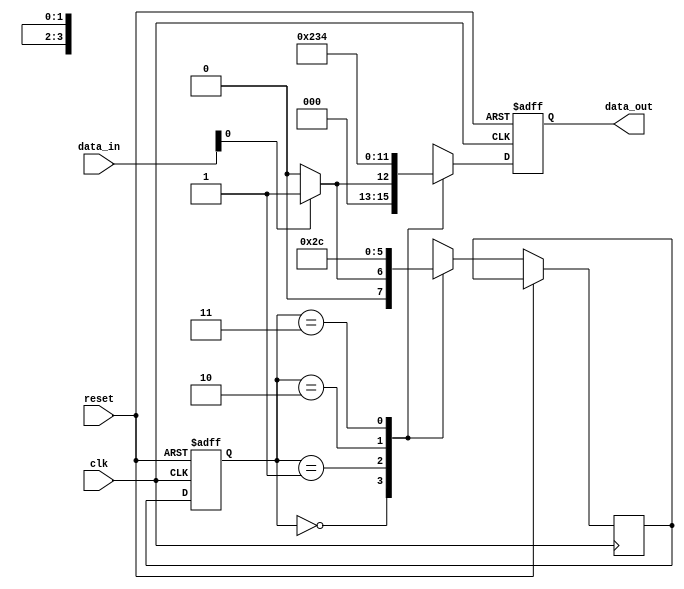
module edge_sensitive_block (
    input wire clk,         // Clock signal
    input wire reset,       // Asynchronous reset signal
    input wire [3:0] data_in, // Input data
    output reg [3:0] data_out // Output data
);

    // State definition
    reg [1:0] state;       // 2-bit state variable
    reg [1:0] next_state;  // Next state variable

    // State encoding
    localparam STATE_0 = 2'b00;
    localparam STATE_1 = 2'b01;
    localparam STATE_2 = 2'b10;
    localparam STATE_3 = 2'b11;

    // Initialization block
    initial begin
        state = STATE_0;      // Initial state
        data_out = 4'b0000;   // Initial output
    end

    // Sequential logic: State transition and output logic
    always @(negedge clk or posedge reset) begin
        if (reset) begin
            // Reset condition
            state <= STATE_0;   // Reset to initial state
            data_out <= 4'b0000; // Reset output
        end else begin
            // State transition
            state <= next_state;

            // Output logic based on current state
            case (state)
                STATE_0: begin
                    if (data_in[0]) begin
                        next_state = STATE_1;
                        data_out = 4'b0001; // Example output for STATE_0
                    end else begin
                        next_state = STATE_0;
                        data_out = 4'b0000; // Stay in STATE_0
                    end
                end
                STATE_1: begin
                    next_state = STATE_2;
                    data_out = 4'b0010; // Example output for STATE_1
                end
                STATE_2: begin
                    next_state = STATE_3;
                    data_out = 4'b0011; // Example output for STATE_2
                end
                STATE_3: begin
                    next_state = STATE_0;
                    data_out = 4'b0100; // Example output for STATE_3
                end
                default: begin
                    next_state = STATE_0; // Default state transition
                    data_out = 4'b0000;   // Default output
                end
            endcase
        end
    end

endmodule